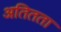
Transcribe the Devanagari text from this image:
अतितता